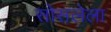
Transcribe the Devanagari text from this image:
सोसलेला